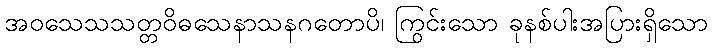
အဝသေသသတ္တဝိဓသေနာသနဂတောပိ၊ ကြွင်းသော ခုနစ်ပါးအပြားရှိသော